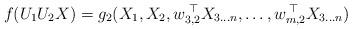
LaTeX: \begin{align*}f(U_1U_2X)=g_{2}(X_1,X_2,w_{3,2}^{\;\top} X_{3\ldots n},\ldots,w_{m,2}^{\;\top} X_{3\ldots n})\,\end{align*}